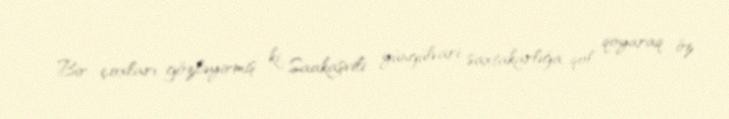
Bir çoxları gözləyirmiş ki, Saakaşvili yüngülvari saxtakarlığa qol qoyaraq öz